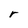
Character: r